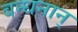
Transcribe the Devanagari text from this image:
बन्धनान्